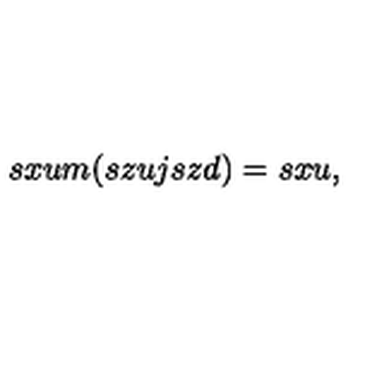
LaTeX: s x u m ( s z u j s z d ) = s x u ,